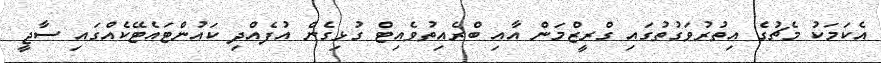
އެކަމަކު މެޗުގެ އިތުރުވަގުތުގައި ގްރީޒްމަން އާއި ބްރެއިތުވެއިޓް ގުޅިގެން އުފެއްދި ކައުންޓައެޓޭކެއްގައި ސާޖީ